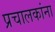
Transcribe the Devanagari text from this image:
प्रचालकांना